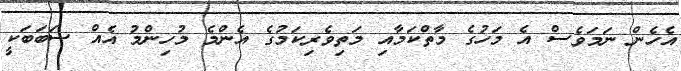
އެހެން ނަމަވެސް އެ މަހުގެ މާތްކަމާއި މަތިވެރިކަމުގެ އެންމެ މުހިންމު އެއް ސަބަބަކީ